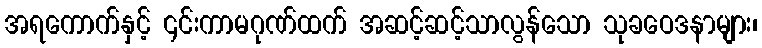
အရကောက်နှင့် ၎င်းကာမဂုဏ်ထက် အဆင့်ဆင့်သာလွန်သော သုခဝေဒနာများ၊